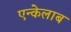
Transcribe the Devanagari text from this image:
एन्केलाब